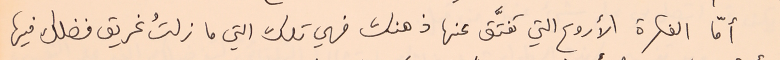
أمّا الفكرة الأروع التي تفتَّق عنها ذهنك فهي تلك التي ما زلتُ غريق فضلك فيها